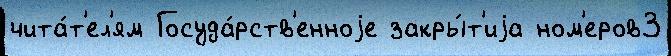
чита́т'ел'ям Госуда́рств'енноjе закры́т'иjа ном'еров3